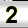
Digit: 2